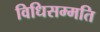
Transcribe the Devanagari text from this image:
विधिसम्मति